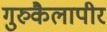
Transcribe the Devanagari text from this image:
गुरुकैलापीर